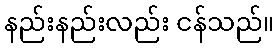
နည်းနည်းလည်း ငန်သည်။